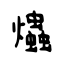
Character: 爞